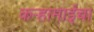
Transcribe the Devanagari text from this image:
कऱ्हामाईचा